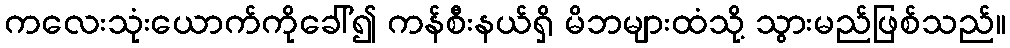
ကလေးသုံးယောက်ကိုခေါ်၍ ကန်စီးနယ်ရှိ မိဘများထံသို့ သွားမည်ဖြစ်သည်။